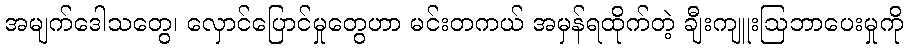
အမျက်ဒေါသတွေ၊ လှောင်ပြောင်မှုတွေဟာ မင်းတကယ် အမှန်ရထိုက်တဲ့ ချီးကျူးဩဘာပေးမှုကို